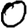
Digit: 0